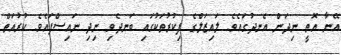
އޭނާ އޮތީ ނިދަން އެނދުގައެވެ. ލައިޒަލްގެ ފިކުރުތަކުގައި ބަނދެވި ނިދި ނައިސްފައެވެ. ކުރުއަތް